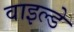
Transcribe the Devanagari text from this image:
वाइल्डे